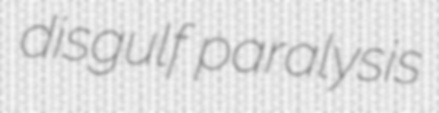
disgulf paralysis